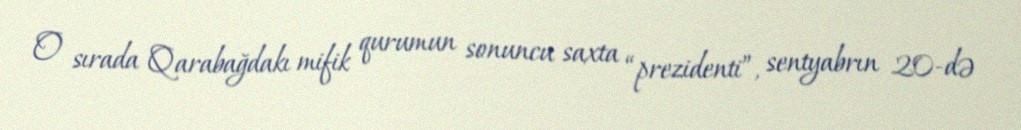
O sırada Qarabağdakı mifik qurumun sonuncu saxta “prezidenti”, sentyabrın 20-də